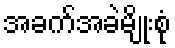
အခက်အခဲမျိုးစုံ